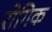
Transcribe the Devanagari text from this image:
रोगिक